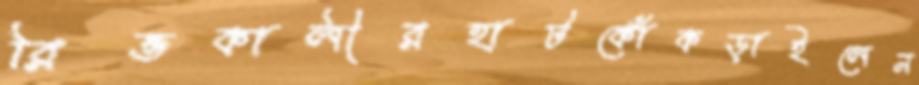
রিভকালীরহাটকোঁকড়াইলেন